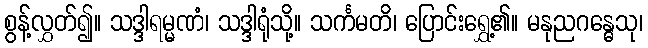
စွန့်လွှတ်၍။ သဒ္ဒါရမ္မဏံ၊ သဒ္ဒါရုံသို့။ သင်္ကမတိ၊ ပြောင်းရွှေ့၏။ မနုညဂန္ဓေသု၊